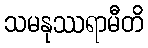
သမနုဿရာမီတိ